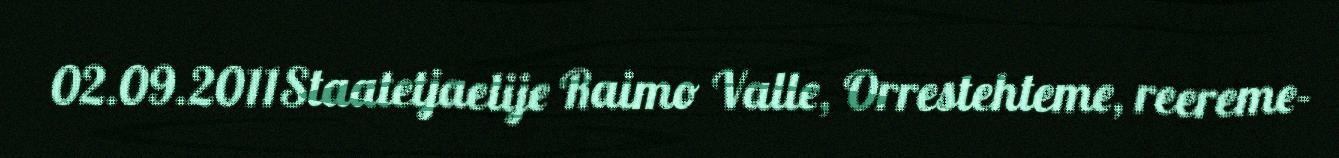
02.09.2011Staatetjaelije Raimo Valle, Orrestehteme, reereme-